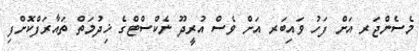
މެސެންޖަރ އަށް ފަހު ވައިބަރ އަށް ވެސް އުރީދޫ ނެކްސްޓްގެ ޚިދުމަތް ތައާރަފްކޮށްފި